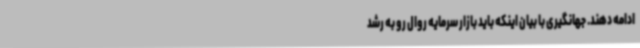
ادامه دهند. جهانگیری با بیان اینکه باید بازار سرمایه روال رو به رشد